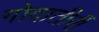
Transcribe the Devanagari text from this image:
गोदातीरीं